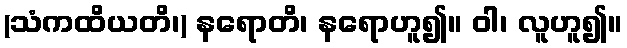
(သံကထိယတိ၊) နရောတိ၊ နရောဟူ၍။ ဝါ၊ လူဟူ၍။